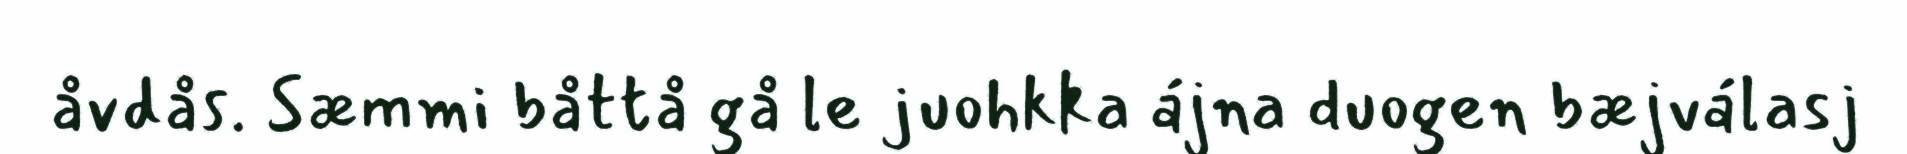
åvdås. Sæmmi båttå gå le juohkka ájna duogen bæjválasj